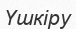
Үшкіру